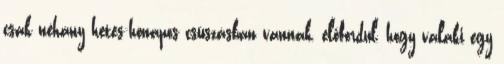
csak néhány hetes-hónapos csúszásban vannak, előfordul, hogy valaki egy